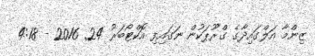
ޒިންމާ އަލްގައިދާގެ ގްރޫޕަކުން ނަގައިފި އޮކްޓޯބަރު 24